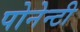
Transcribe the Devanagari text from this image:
पोनेन्टी